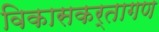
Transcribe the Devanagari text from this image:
विकासकर्तागण